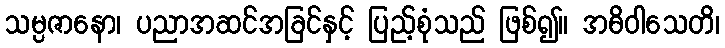
သမ္ပဇာနော၊ ပညာအဆင်အခြင်နှင့် ပြည့်စုံသည် ဖြစ်၍။ အဓိဝါသေတိ၊